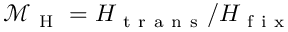
\mathcal { M } _ { \mathrm { ~ H ~ } } = H _ { \mathrm { ~ t ~ r ~ a ~ n ~ s ~ } } / H _ { \mathrm { ~ f ~ i ~ x ~ } }